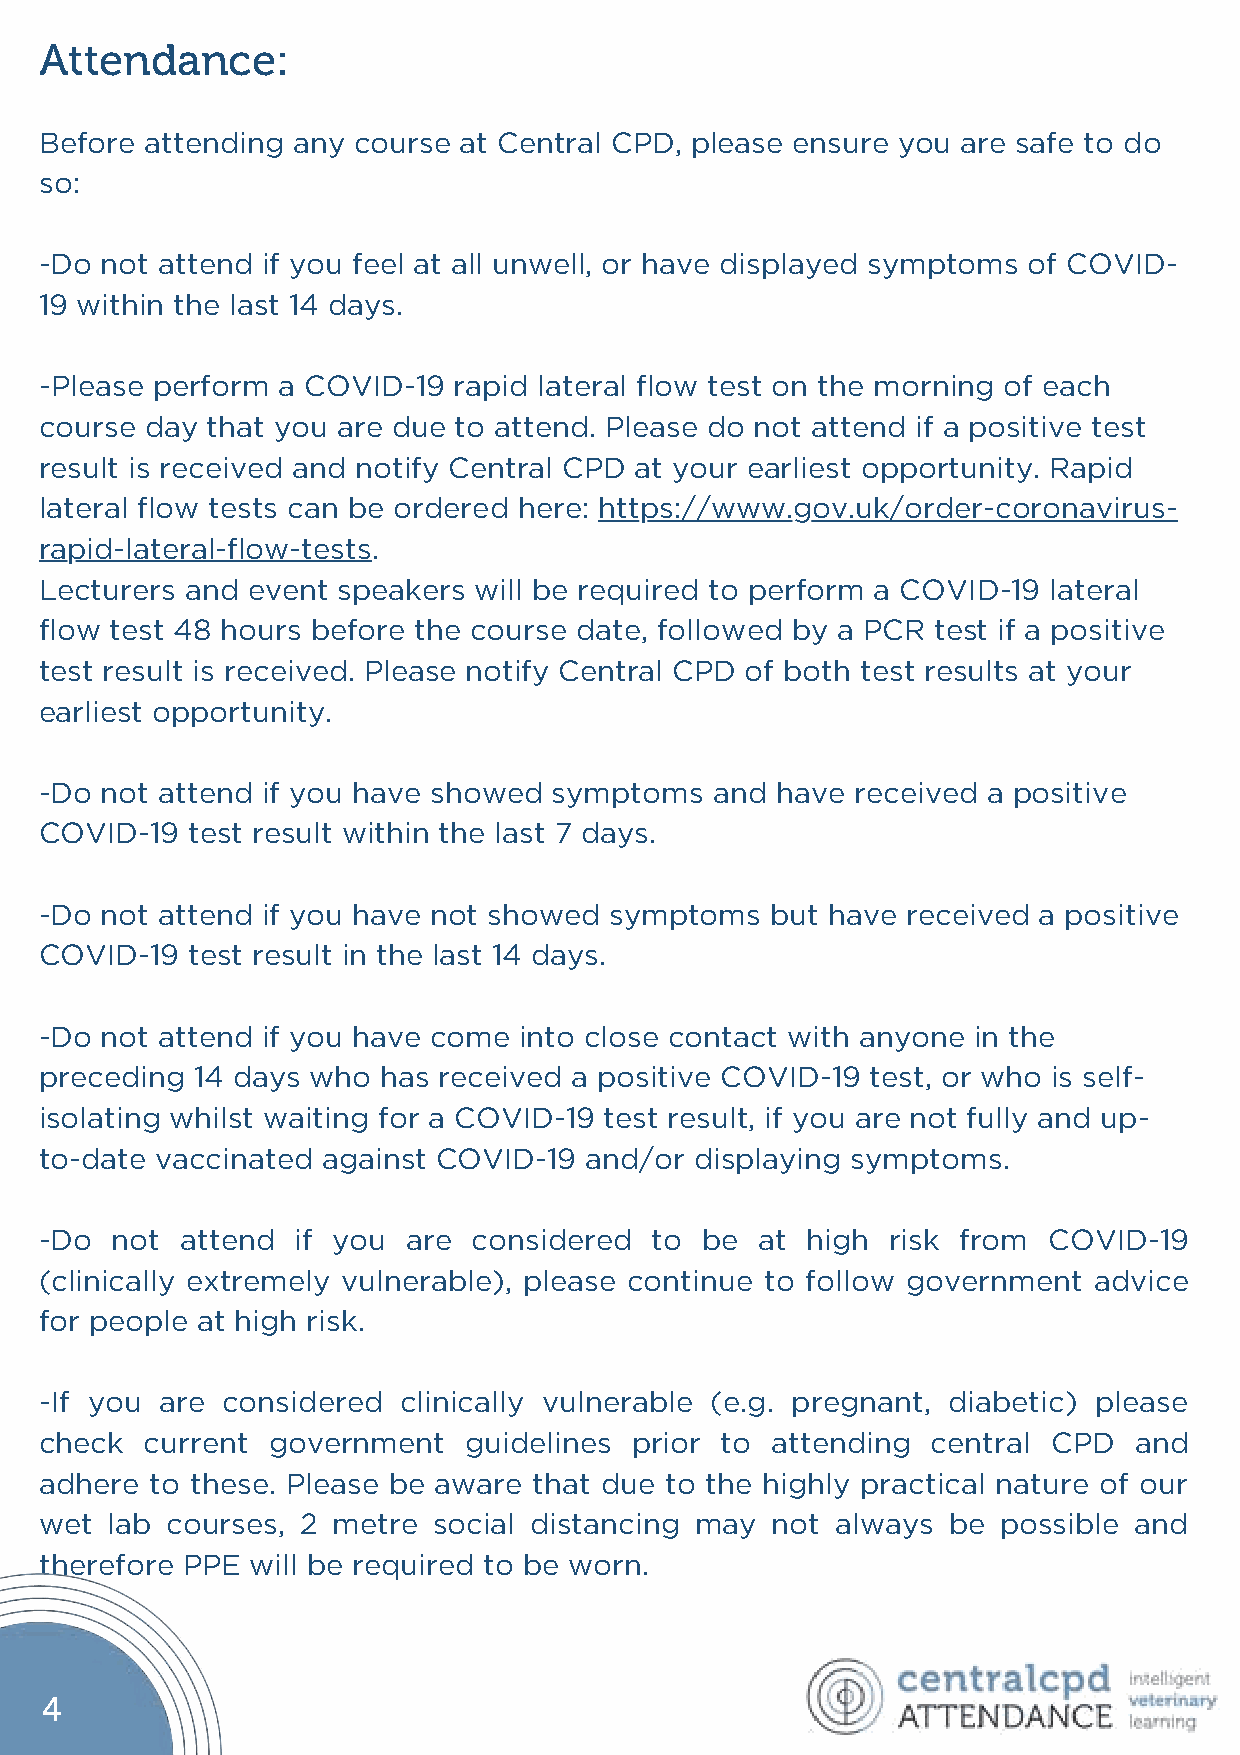
Attendance:
 Before attending any course at Central CPD, please ensure you are safe to do
 so:
 -Do not attend if you feel at all unwell, or have displayed symptoms of COVID-
 19 within the last 14 days.
 -Please perform a COVID-19 rapid lateral flow test on the morning of each
 course day that you are due to attend. Please do not attend if a positive test
 result is received and notify Central CPD at your earliest opportunity. Rapid
 lateral flow tests can be ordered here: https://www.gov.uk/order-coronavirus-
 rapid-lateral-flow-tests.
 Lecturers and event speakers will be required to perform a COVID-19 lateral
 flow test 48 hours before the course date, followed by a PCR test if a positive
 test result is received. Please notify Central CPD of both test results at your
 earliest opportunity.
 -Do not attend if you have showed symptoms  and have  received a positive
 COVID-19 test result within the last 7 days.
 -Do not attend if you have not showed symptoms  but have received a positive
 COVID-19 test result in the last 14 days.
 -Do not attend if you have come into close contact with anyone in the
 preceding 14 days who has received a positive COVID-19 test, or who is self-
 isolating whilst waiting for a COVID-19 test result, if you are not fully and up-
 to-date vaccinated against COVID-19 and/or displaying symptoms.
 -Do not  attend  if you are considered  to  be at high  risk from COVID-19
 (clinically extremely vulnerable), please continue to follow government advice
 for people at high risk.
 -If you are considered  clinically vulnerable (e.g. pregnant, diabetic) please
 check  current government   guidelines prior to attending  central CPD  and
 adhere to these. Please be aware that due to the highly practical nature of our
 wet lab courses, 2 metre  social distancing may not always  be possible and
 therefore PPE will be required to be worn.
 4